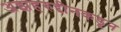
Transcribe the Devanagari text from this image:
अझहरुद्दीनकडून